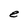
Character: e